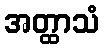
အတ္ထာသံ